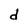
Character: d